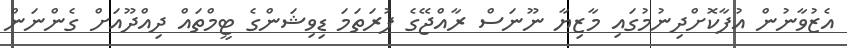
އެޒުވާނުން އުފާކޮށްދިނުމުގައި މާޒިޔާ ނޫނަސް ރާއްޖޭގެ ފުރަތަމަ ޑިވިޝަންގެ ޓީމްތައް ދިއްދޫއަށް ގެންނަން